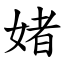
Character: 媎